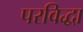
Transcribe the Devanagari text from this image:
परविद्धा